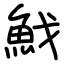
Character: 䰹